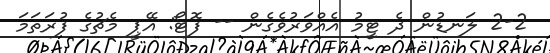
2-2 ލަނޑުން ދެ ޓީމު އެއްވަރުވެގެން -- ފޮޓޯ: އޭޕީ މެޗުގެ ފުރަތަމަ